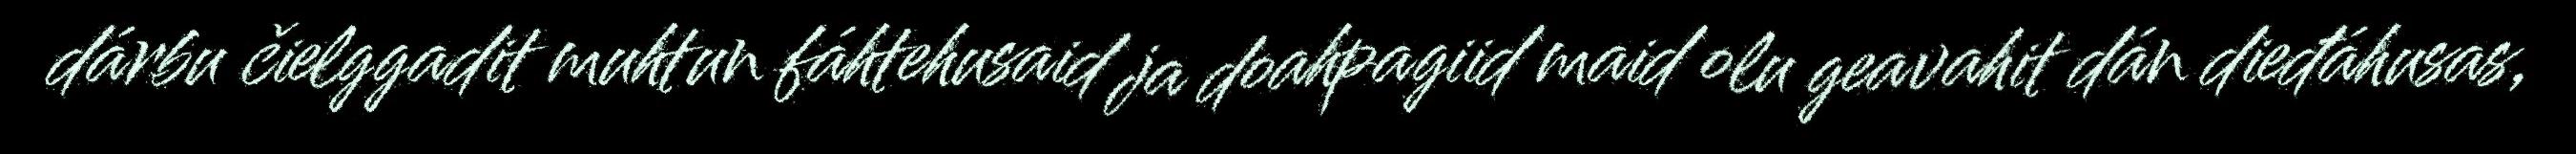
dárbu čielggadit muhtun fáhtehusaid ja doahpagiid maid olu geavahit dán dieđáhusas,